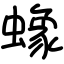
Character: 蟓